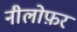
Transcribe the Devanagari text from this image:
नीलोफ़र